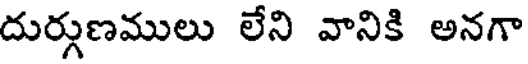
దుర్గుణములు లేని వానికి అనగా